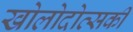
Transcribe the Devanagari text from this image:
खोलोदोव्सकी